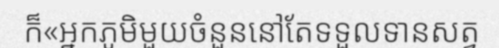
ក៏«អ្នកភូមិមួយចំនួននៅតែទទួលទានសត្វ